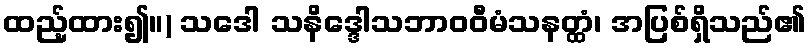
ထည့်ထား၍။) သဒေါ သနိဒ္ဒေါသဘာဝဝီမံသနတ္ထံ၊ အပြစ်ရှိသည်၏